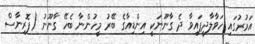
އަމުރުގައި ހަވާލާދީފައިވާ ދެ ގާނޫނަކީ އިންޑިއާގެ ބޭރު މީހުންނާ ބެހޭ ގާނޫނު (ފޮރިނާސް